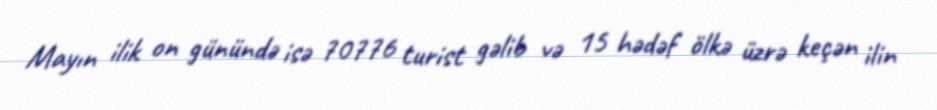
Mayın ilik on günündə isə 70776 turist gəlib və 15 hədəf ölkə üzrə keçən ilin